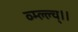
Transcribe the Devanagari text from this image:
व्म्ल्ल्च्।।